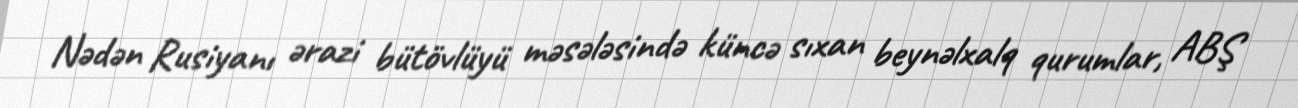
Nədən Rusiyanı ərazi bütövlüyü məsələsində küncə sıxan beynəlxalq qurumlar, ABŞ